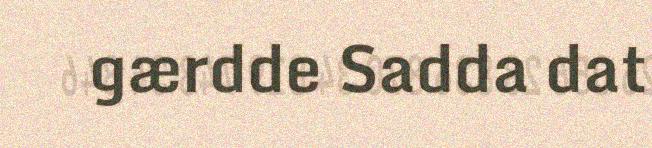
gærdde Sadda dat